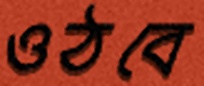
ওঠবে